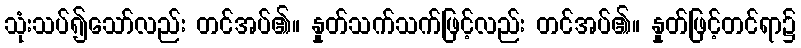
သုံးသပ်၍သော်လည်း တင်အပ်၏။ နှုတ်သက်သက်ဖြင့်လည်း တင်အပ်၏။ နှုတ်ဖြင့်တင်ရာ၌